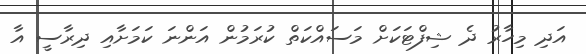
އަދި މިހާރު ދެ ޝިފްޓަކަށް މަސައްކަތް ކުރަމުން އަންނަ ކަމަށާއި ދިރާސީ އާ